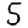
Digit: 5